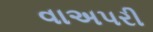
વાઅપરી